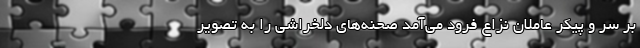
بر سر و پیکر عاملان نزاع فرود می‌آمد صحنه‌های دلخراشی را به تصویر